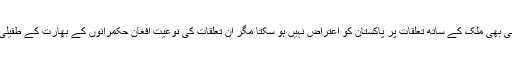
ان کے بھارت یا کسی بھی ملک کے ساتھ تعلقات پر پاکستان کو اعتراض نہیں ہو سکتا مگر ان تعلقات کی نوعیت افغان حکمرانوں کے بھارت کے طفیلی ہونے کی رہی ہے۔